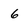
Character: 6